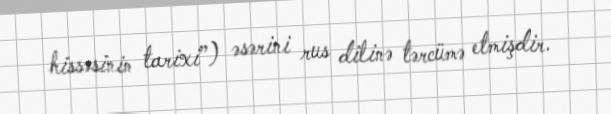
hissəsinin tarixi”) əsərini rus dilinə tərcümə etmişdir.